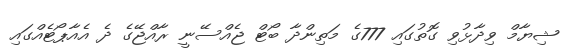
ޝިޔާމް ވިދާޅުވި ގޮތުގައި 777ގެ މަތިންދާ ބޯޓް ޖެއްސޭނީ ރާއްޖޭގެ ދެ އެއާޕޯޓެއްގައި